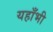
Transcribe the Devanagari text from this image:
यहाँभी